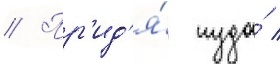
// Пр'ид'я́ туда́ /